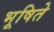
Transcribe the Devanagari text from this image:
भूषिते